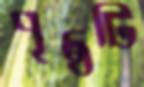
পৃষ্ঠটি